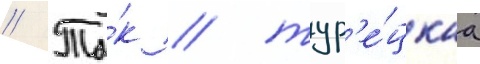
// Та́к / тур'е́цкаа